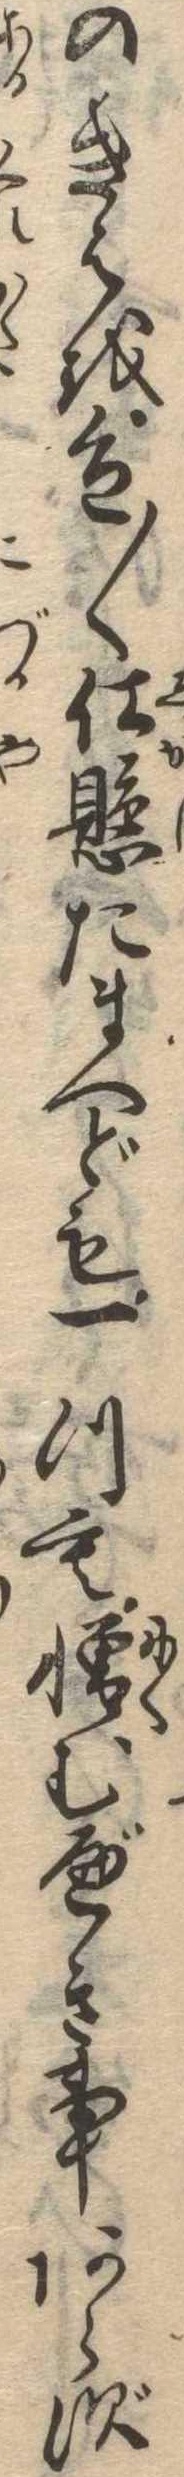
のきはを色〱仕懸たまへども一つも憎むべき事あらず